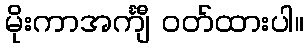
မိုးကာအင်္ကျီ ဝတ်ထားပါ။